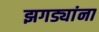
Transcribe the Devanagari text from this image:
झगड्यांना